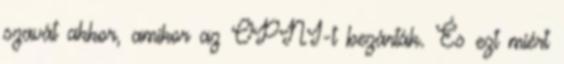
szavát akkor, amikor az OPNI-t bezárták. És ezt miért